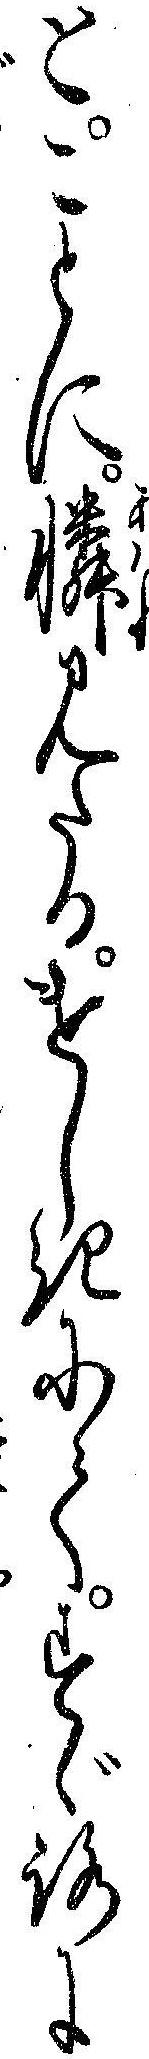
とことに憐みたるけしきにてすゞろに